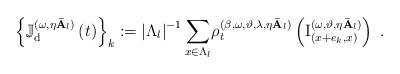
LaTeX: \begin{align*}\left\{ \mathbb{J}_{\mathrm{d}}^{(\omega ,\eta \mathbf{\bar{A}}_{l})}\left(t\right) \right\} _{k}:=\left\vert \Lambda _{l}\right\vert ^{-1}\underset{x\in \Lambda _{l}}{\sum }\rho _{t}^{(\beta ,\omega ,\vartheta ,\lambda ,\eta\mathbf{\bar{A}}_{l})}\left( \mathrm{I}_{(x+e_{k},x)}^{(\omega ,\vartheta,\eta \mathbf{\bar{A}}_{l})}\right) \ .\end{align*}